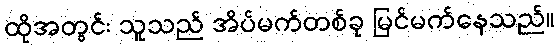
ထိုအတွင်း သူသည် အိပ်မက်တစ်ခု မြင်မက်နေသည်။